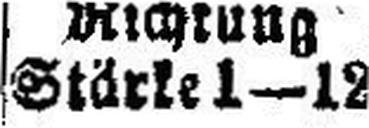
Stärke 1—12